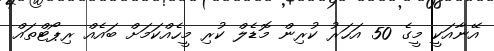
އޭނާއަކީ މީގެ 50 އަހަރު ކުރިން މޮޑެލް ކުރި މީހެއްކަމަށް ބައެއް ރިޕޯޓްތައް